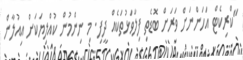
"ކްރިކެޓް އަހަންނަށް ވަރަށް ބޮޑެތި ފިލާވަޅުތަކެއް ދީފި. މި ނިންމުން ކުއްލިޔަކަށް އިއުލާން